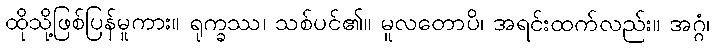
ထိုသို့ဖြစ်ပြန်မူကား။ ရုက္ခဿ၊ သစ်ပင်၏။ မူလတောပိ၊ အရင်းထက်လည်း။ အဂ္ဂံ၊